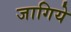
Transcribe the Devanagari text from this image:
जागिये